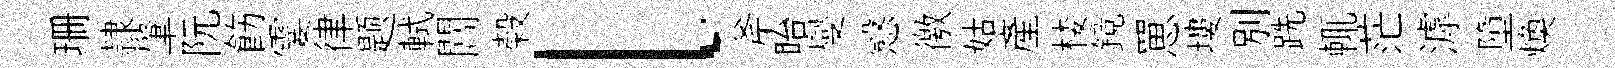
珊隷肇阮飭霎律题軾閶榖l斧眙燮慤徼姑產楼鏡罳塿別跣輒茫滹墮焕